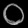
Digit: ၀